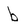
Character: b